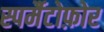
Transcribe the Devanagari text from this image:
स्पर्मैटोफ़ोर